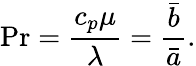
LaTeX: \mathrm{Pr}=\frac{c_{p}\mu}{\lambda}=\frac{\bar{b}}{\bar{a}}.